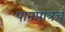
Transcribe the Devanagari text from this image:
पानपात्रचं